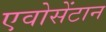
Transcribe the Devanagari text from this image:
एवोसेंटान